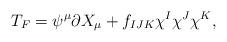
LaTeX: \begin{align*}T_F=\psi^\mu\partial X_\mu+f_{IJK}\chi^I\chi^J\chi^K,\end{align*}